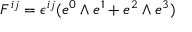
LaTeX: F ^ { i j } = \epsilon ^ { i j } ( e ^ { 0 } \wedge e ^ { 1 } + e ^ { 2 } \wedge e ^ { 3 } )